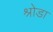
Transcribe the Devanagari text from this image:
श्रोडा